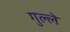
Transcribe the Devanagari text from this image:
गुल्ले